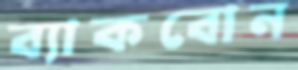
ব্যাকবোন